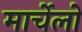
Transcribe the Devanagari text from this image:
मार्चेलो